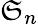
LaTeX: {\mathfrak{S}}_{n}